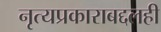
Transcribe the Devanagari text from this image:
नृत्यप्रकाराबद्दलही